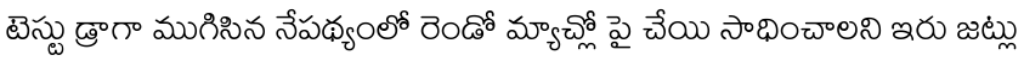
టెస్టు డ్రాగా ముగిసిన నేపథ్యంలో రెండో మ్యాచ్లో పై చేయి సాధించాలని ఇరు జట్లు